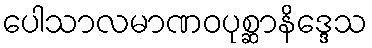
ပေါသာလမာဏဝပုစ္ဆာနိဒ္ဒေသ